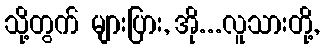
သို့တွက် များပြား, အို...လူသားတို့,